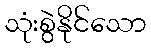
သုံးစွဲနိုင်သော